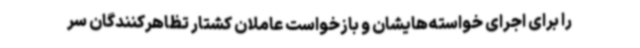
را برای اجرای خواسته‌هایشان و بازخواست عاملان کشتار تظاهرکنندگان سر